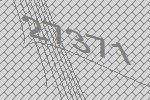
27371